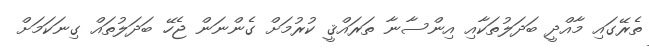
ތެރޭގައި މާއްދީ ބަދަލުތަކާއި އިންސާނާ ތަރައްޤީ ކުރުމަށް ގެންނަން ޖެހޭ ބަދަލުތައް ގިނަކަމަށް